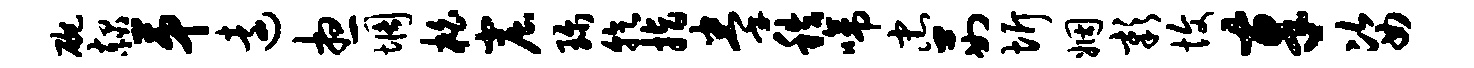
碗赧第远想惆柏窟珍乾指拳秩啼忠茹圻姻彰愎奉姿